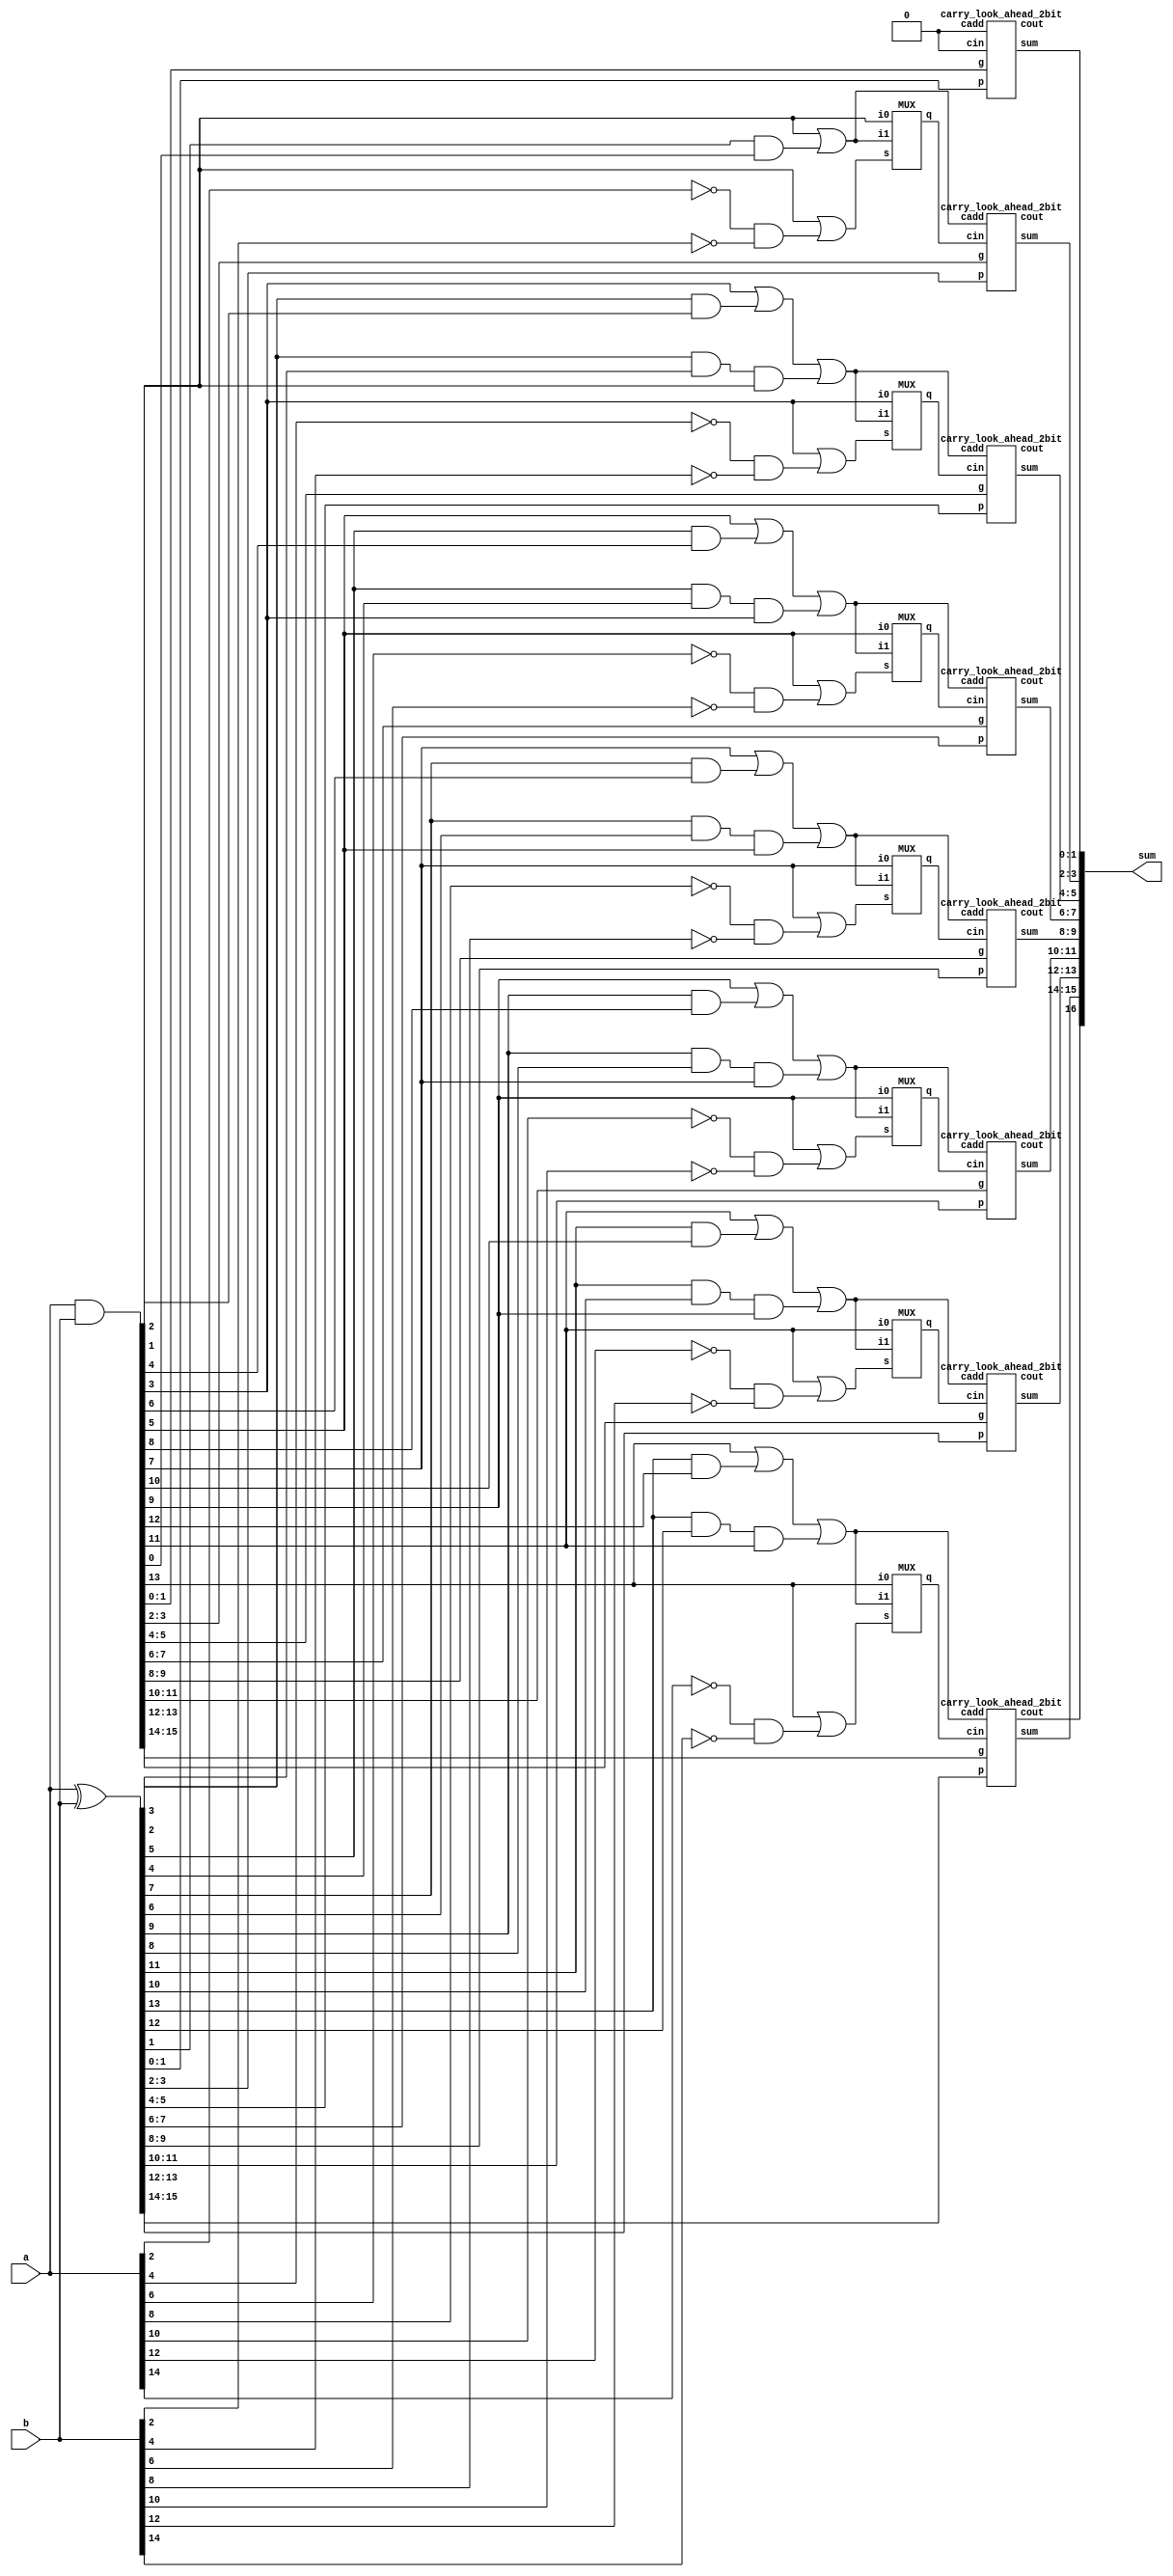
module eru16_2(a,b,sum);
input [15:0] a,b;
output [16:0] sum;
wire [15:0] p,g;
wire [6:0] cadd,cout,c,sel;

assign p = a^b;
assign g = a&b;
assign cadd[0] = g[1] | p[1]&g[0] ;
assign cadd[1] = g[3] | p[3]&g[2] | p[3]&p[2]&g[1] ;
assign cadd[2] = g[5] | p[5]&g[4] | p[5]&p[4]&g[3] ;
assign cadd[3] = g[7] | p[7]&g[6] | p[7]&p[6]&g[5] ;
assign cadd[4] = g[9] | p[9]&g[8] | p[9]&p[8]&g[7] ;
assign cadd[5] = g[11] | p[11]&g[10] | p[11]&p[10]&g[9] ;
assign cadd[6] = g[13] | p[13]&g[12] | p[13]&p[12]&g[11] ;
assign sel[0] = g[1] | (~a[2])&(~b[2]);
assign sel[1] = g[3] | (~a[4])&(~b[4]);
assign sel[2] = g[5] | (~a[6])&(~b[6]);
assign sel[3] = g[7] | (~a[8])&(~b[8]);
assign sel[4] = g[9] | (~a[10])&(~b[10]);
assign sel[5] = g[11] | (~a[12])&(~b[12]);
assign sel[6] = g[13] | (~a[14])&(~b[14]);

MUX cin1(cadd[0],g[1],sel[0],c[0]);
MUX cin2(cadd[1],g[3],sel[1],c[1]);
MUX cin3(cadd[2],g[5],sel[2],c[2]);
MUX cin4(cadd[3],g[7],sel[3],c[3]);
MUX cin5(cadd[4],g[9],sel[4],c[4]);
MUX cin6(cadd[5],g[11],sel[5],c[5]);
MUX cin7(cadd[6],g[13],sel[6],c[6]);

carry_look_ahead_2bit cla1(p[1:0], g[1:0], 1'b0 , 1'b0, sum[1:0], cout[0]);
carry_look_ahead_2bit cla2(p[3:2], g[3:2], c[0] , cadd[0], sum[3:2], cout[1]);
carry_look_ahead_2bit cla3(p[5:4], g[5:4], c[1] , cadd[1], sum[5:4], cout[2]);
carry_look_ahead_2bit cla4(p[7:6], g[7:6], c[2] , cadd[2], sum[7:6], cout[3]);
carry_look_ahead_2bit cla5(p[9:8], g[9:8], c[3] , cadd[3], sum[9:8], cout[4]);
carry_look_ahead_2bit cla6(p[11:10], g[11:10], c[4] , cadd[4], sum[11:10], cout[5]);
carry_look_ahead_2bit cla7(p[13:12], g[13:12], c[5] , cadd[5], sum[13:12], cout[6]);
carry_look_ahead_2bit cla8(p[15:14], g[15:14], c[6] , cadd[6], sum[15:14], sum[16]);
endmodule

module carry_look_ahead_2bit(p,g, cin,cadd, sum,cout);
input [1:0] p,g;
input cin,cadd;
output [1:0] sum;
output cout;
wire [1:0] c;

assign c[0]=cin;
assign c[1]= g[0] | (p[0]&c[0]);
assign cout= g[1] | (p[1]&g[0]) | p[1]&p[0]&c[0];
assign sum[1]=p[1]^c[1];
assign sum[0]=p[0]^c[0] | (~p[0])&(~g[0])&cadd;  
endmodule

module MUX(i1,i0,s,q);
output q;
input i1,i0,s;

assign q = i1&(~s) | i0&s;
endmodule